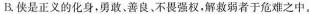
B使是正义的化身，勇善良、不畏强权，解救弱者于危难之中。